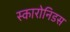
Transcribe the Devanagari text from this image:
स्कारोनिडस